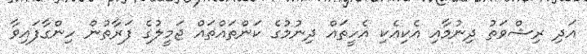
އަދި ރިޝްވަތު ދިނުމާއި އެކިއެކި އެހީތައް ދިނުމުގެ ކަންތައްތައް ޖަމީލުގެ ފަރާތުން ހިންގާފައިވާ